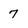
Character: 7